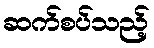
ဆက်စပ်သည့်